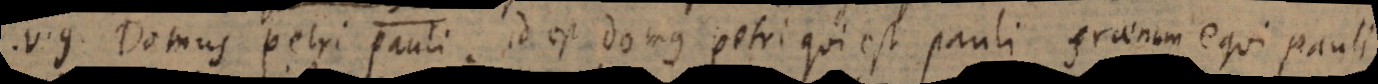
V.g. Domus Petri Pauli, id est domus Petri qui est Pauli, fraenum equi Pauli.